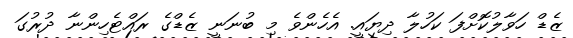
ޒެޑް ހަވާލުކޮށްފަ ކަހުލާ ދިޔައީ. އެހެންވެ މި ބުނަނީ ޒެޑްގެ ރައްޓެހިންނާ ދުރުގަ